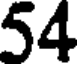
54